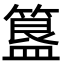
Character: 簋